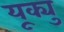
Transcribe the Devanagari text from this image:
यूक्यु